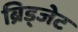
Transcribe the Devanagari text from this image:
ब्रिड्जेट